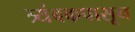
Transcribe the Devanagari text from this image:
त्र्यंबकपासून